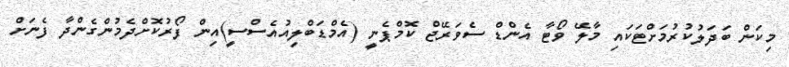
މިކަން ބަދަލުކުރުމަށްޓަކައި މާލޭ ވޯޓާ އެންޑް ސެވަރޭޖް ކޮމްޕެނީ (އެމްޑަބްލިއުއެސްސީ)އިން ފޯރުކޮށްދެމުންގެންދާ ފެނަށް